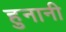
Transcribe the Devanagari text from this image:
हुनानी